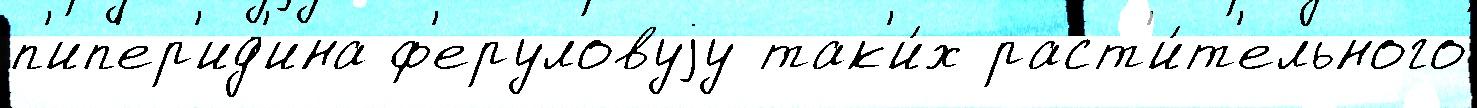
п'ип'ер'ид'ина ф'еруловуjу так'и́х раст'и́т'ельного